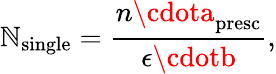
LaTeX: \mathbb{N}_{\mathrm{{single}}}=\frac{{n\cdota_{\mathrm{{presc}}}}}{{\epsilon\cdotb}},